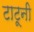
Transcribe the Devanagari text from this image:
टाटूनी